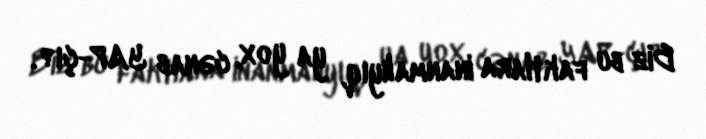
Biz bu faktlara inanmalıyıq, ya yox, cənab YAP-çı?.